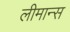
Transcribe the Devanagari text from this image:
लीमान्स